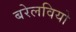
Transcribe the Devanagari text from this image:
बरेलवियो